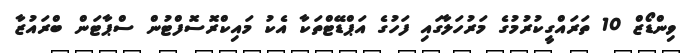
ވިންޑޯޒް 10 ތަރައްގީކުރުމުގެ މަރުހަލާގައި ފަހުގެ އަޕްޑޭޓްތަކާ އެކު މައިކްރޮސޮފްޓުން ސްޕާޓަން ބްރައުޒާ